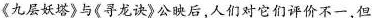
九层妖塔》与《寻龙诀》公映后，人们对它们评价不一但